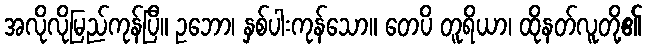
အလိုလိုမြည်ကုန်ပြီ။ ဥဘော၊ နှစ်ပါးကုန်သော။ တေပိ တူရိယာ၊ ထိုနတ်လူတို့၏